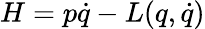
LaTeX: H=p\dot{q}-L(q,\dot{q})